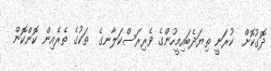
ދޮގުކޮށް  ކުރަނީ ތިޔަދެބައިމީހުންގެ ވެރިރަސްކަލާނގެ  ތަކުގެ ތެރެއިން ކޮންކޮން